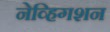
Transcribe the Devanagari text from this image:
नेव्हिगशन